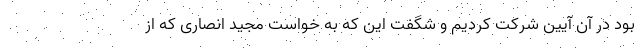
بود در آن آیین شرکت کردیم و شگفت این که به خواست مجید انصاری که از